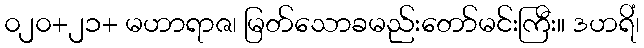
၀၂၀+၂၁+ မဟာရာဇ၊ မြတ်သောခမည်းတော်မင်းကြီး။ ဒဟရိံ၊